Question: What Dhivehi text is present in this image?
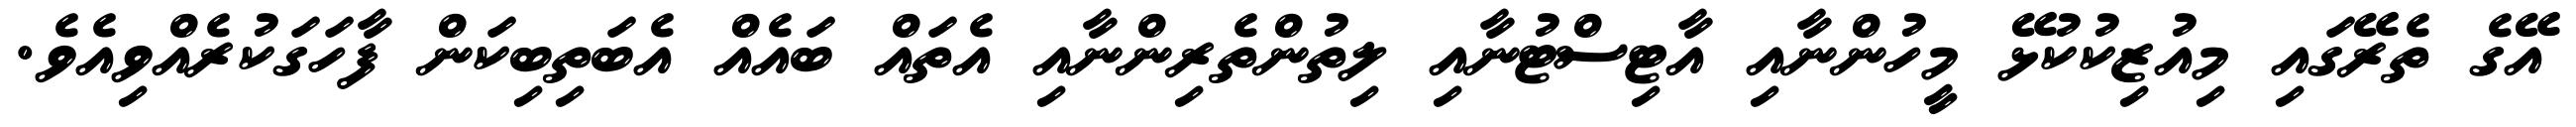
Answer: އޭގެ ތެރޭގައި މިއުޒިކުކުޅޭ މީހުންނާއި އާޓިސްޓުނާއި ލިތުންތެރިންނާއި އެތައް ބައެއް އެބަތިބިކަން ފާހަގަކުރެއްވިއެވެ.